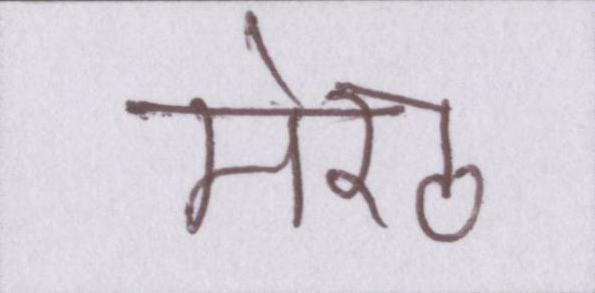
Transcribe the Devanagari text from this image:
मेरठ